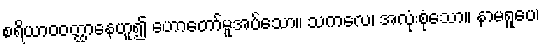
စရိယာဝဝတ္ထာနေဟူ၍ ဟောတော်မူအပ်သော။ သကလေ၊ အလုံးစုံသော။ နာမရူပေ၊